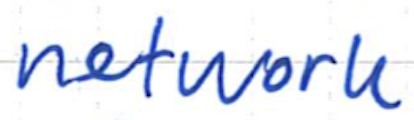
Text: network
Cross-out: clean
Writing tool: ballpoint